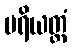
ပရိယတ္တံ